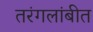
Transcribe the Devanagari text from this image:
तरंगलांबीत